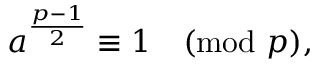
a ^ { \frac { p - 1 } { 2 } } \equiv 1 { \pmod { p } } ,